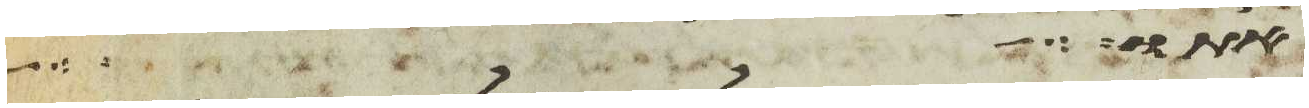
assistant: אתו והיתה